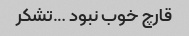
قارچ خوب نبود …تشکر